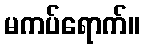
မကပ်ရောက်။